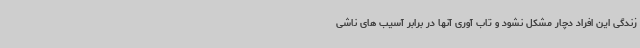
زندگی این افراد دچار مشکل نشود و تاب آوری آنها در برابر آسیب های ناشی